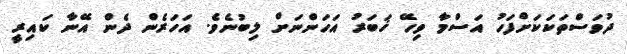
ދުވަސްތަކަކަށްފަހު އަސްމާ ވިހޭ ޚަބަރު އަހަންނަށް ލިބުނެވެ. އަހަރެން ދެން އޭނާ ކައިރީ